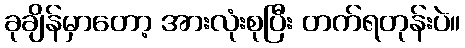
ခုချိန်မှာတော့ အားလုံးစုပြီး တက်ရတုန်းပဲ။